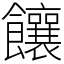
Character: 饟